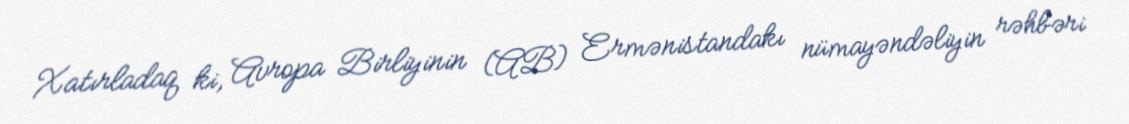
Xatırladaq ki, Avropa Birliyinin (AB) Ermənistandakı nümayəndəliyin rəhbəri